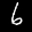
Label: 6